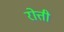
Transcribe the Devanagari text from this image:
रोत्ती